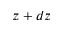
z + d z